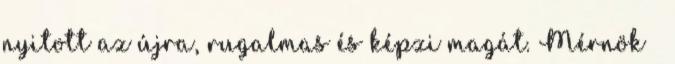
nyitott az újra, rugalmas és képzi magát. Mérnök